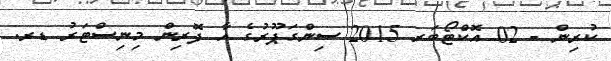
ކުރިން - 02 އޮކްޓޯބަރ 2015 ސިންގަޕޫރުގެ އާ ފޮރިން މިނިސްޓަރު ޑރ.